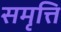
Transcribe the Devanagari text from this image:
समृत्ति